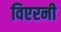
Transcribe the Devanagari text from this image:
विएरनी